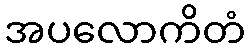
အပလောကိတံ